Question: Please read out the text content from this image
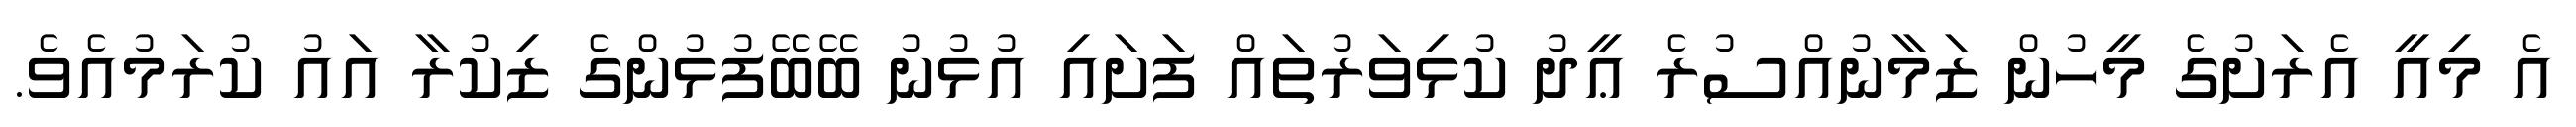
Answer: އެ މިއީ އެރަށުގެ މީހުން ޒަމާނުއްސުރެ ޢީދު ކުޅިވަރުތައް ފަށައި އުޅުނު ބޭބޭފުޅުންގެ ޒިކުރާ އައު ކުރަމުއެވެ.